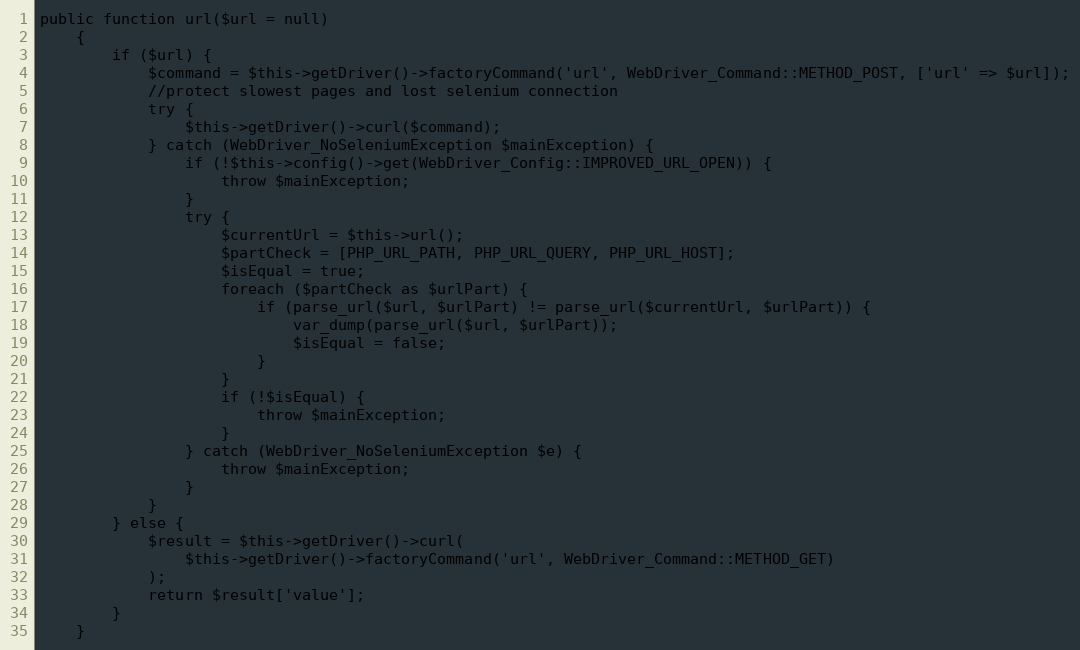
Language: PHP
public function url($url = null)
    {
        if ($url) {
            $command = $this->getDriver()->factoryCommand('url', WebDriver_Command::METHOD_POST, ['url' => $url]);
            //protect slowest pages and lost selenium connection
            try {
                $this->getDriver()->curl($command);
            } catch (WebDriver_NoSeleniumException $mainException) {
                if (!$this->config()->get(WebDriver_Config::IMPROVED_URL_OPEN)) {
                    throw $mainException;
                }
                try {
                    $currentUrl = $this->url();
                    $partCheck = [PHP_URL_PATH, PHP_URL_QUERY, PHP_URL_HOST];
                    $isEqual = true;
                    foreach ($partCheck as $urlPart) {
                        if (parse_url($url, $urlPart) != parse_url($currentUrl, $urlPart)) {
                            var_dump(parse_url($url, $urlPart));
                            $isEqual = false;
                        }
                    }
                    if (!$isEqual) {
                        throw $mainException;
                    }
                } catch (WebDriver_NoSeleniumException $e) {
                    throw $mainException;
                }
            }
        } else {
            $result = $this->getDriver()->curl(
                $this->getDriver()->factoryCommand('url', WebDriver_Command::METHOD_GET)
            );
            return $result['value'];
        }
    }